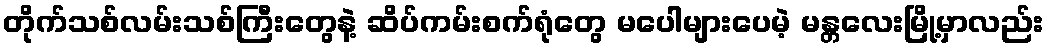
တိုက်သစ်လမ်းသစ်ကြီးတွေနဲ့ ဆိပ်ကမ်းစက်ရုံတွေ မပေါများပေမဲ့ မန္တလေးမြို့မှာလည်း